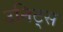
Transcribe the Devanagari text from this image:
उनिट्स